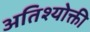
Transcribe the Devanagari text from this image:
अतिश्योक्ती